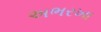
અભરખા